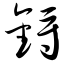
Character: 锊